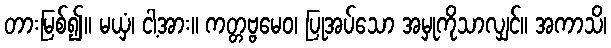
တားမြစ်၍။ မယှံ၊ ငါ့အား။ ကတ္တဗ္ဗမေဝ၊ ပြုအပ်သော အမှုကိုသာလျှင်။ အကာသိ၊